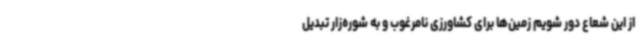
از این شعاع دور شویم زمین‌ها برای کشاورزی نامرغوب و به شوره‌زار تبدیل